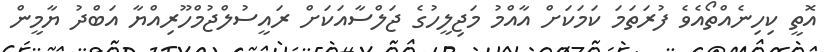
އޮތީ ކިހިނެއްތޯއެވެ ފުރަތަމަ ކަމަކަށް އާއްމު މަޖިލީހުގެ ޖަލްސާއަކަށް ރައީސުލްޖުމްހޫރިއްޔާ އަބްދު ޔާމީން